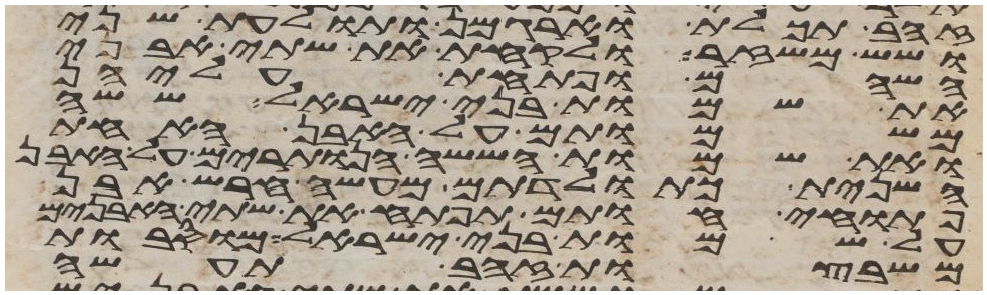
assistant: זהב תכלת וארגמן ותולעת שני
ושש משזר ולקחת את שתי אבני
השהם ופתחת עליהן
את שמות בני ישראל ששה
משמותם על האבן האחת
ואת שמות הששה הנותרים על האבן
השנית כתולדתם מעשה חרש אבן
פתוחי חותם תפתח את שתי האבנים
על שמות בני ישראל מוסבות
משבצות זהב תעשה